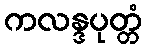
ကလန္ဒပုတ္တံ